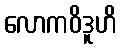
လောကဝိဒူဟိ